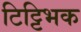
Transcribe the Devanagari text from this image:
टिट्टिभक